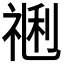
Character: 𥚥